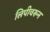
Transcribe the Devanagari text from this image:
लिपीवरून